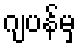
ဂျပန်မှ